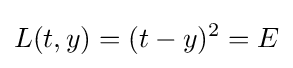
L(t,y)=(t-y)^{2}=E